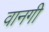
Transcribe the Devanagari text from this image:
वानगी